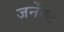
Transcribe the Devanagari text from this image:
जर्नेक्ट